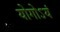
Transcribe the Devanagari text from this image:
योगोऽयं